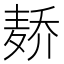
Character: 𱋑